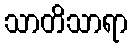
သာတိသာရာ